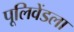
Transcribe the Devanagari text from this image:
पूलिवेंडला